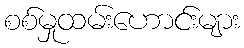
စစ်မှုထမ်းဟောင်းများ